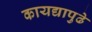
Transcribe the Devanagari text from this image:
कायद्यापुढे